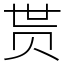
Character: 贳